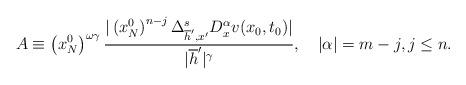
LaTeX: \begin{align*}A\equiv\left( x_{N}^{0}\right) ^{\omega\gamma}\frac{|\left( x_{N}^{0}\right) ^{n-j}\Delta_{\overline{h}^{\prime},x^{\prime}}^{s}D_{x}^{\alpha}v(x_{0},t_{0})|}{|\overline{h}^{\prime}|^{\gamma}},\quad|\alpha|=m-j,j\leq n.\end{align*}